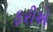
ફરીએ